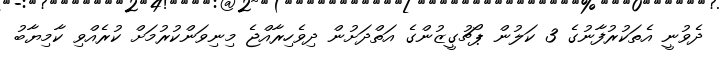
ދެވުނީ އެތަކުރުފާނުގެ 3 ކަލުން ޕޯޗުގީޒުންގެ އަތްދަށުން ދިވެހިރާއްޖެ މިނިވަންކުރުމަށް ކުރެއްވި ކާމިޔާބު